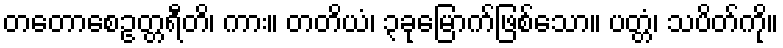
တတောစေဥတ္တရီတိ၊ ကား။ တတိယံ၊ ၃ခုမြောက်ဖြစ်သော။ ပတ္တံ၊ သပိတ်ကို။